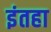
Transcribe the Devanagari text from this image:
इंतहा